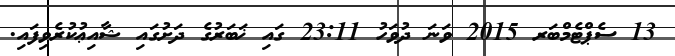
13 ސެޕްޓެމްބަރ 2015 ވަނަ ދުވަހު 23:11 ގައި ޚަބަރުގެ ދަށުގައި ޝާއިޢުކުރެވިފައި.